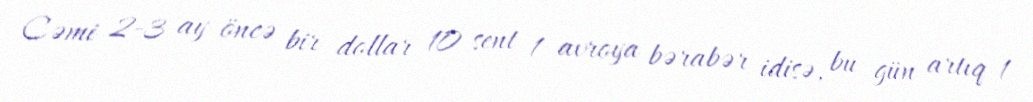
Cəmi 2-3 ay öncə bir dollar 10 sent 1 avroya bərabər idisə, bu gün artıq 1